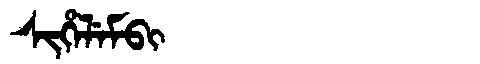
Manchu: ᠰᡳᡥᡝᠯᡝᠮᠪᡳ
Romanization: SIHELEMBI